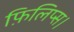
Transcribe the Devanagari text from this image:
फ़िलिप्स।